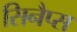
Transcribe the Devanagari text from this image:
सिनैप्स